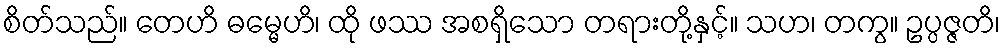
စိတ်သည်။ တေဟိ ဓမ္မေဟိ၊ ထို ဖဿ အစရှိသော တရားတို့နှင့်။ သဟ၊ တကွ။ ဥပ္ပဇ္ဇတိ၊